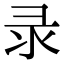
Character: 录